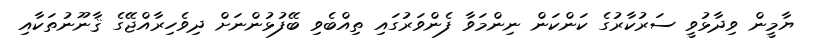
ޔާމީން ވިދާޅުވީ ސަރުކާރުގެ ކަންކަން ނިންމަވާ ފެންވަރުގައި ތިއްބެވި ބޭފުޅުންނަށް ދިވެހިރާއްޖޭގެ ޤާނޫނުތަކާއި